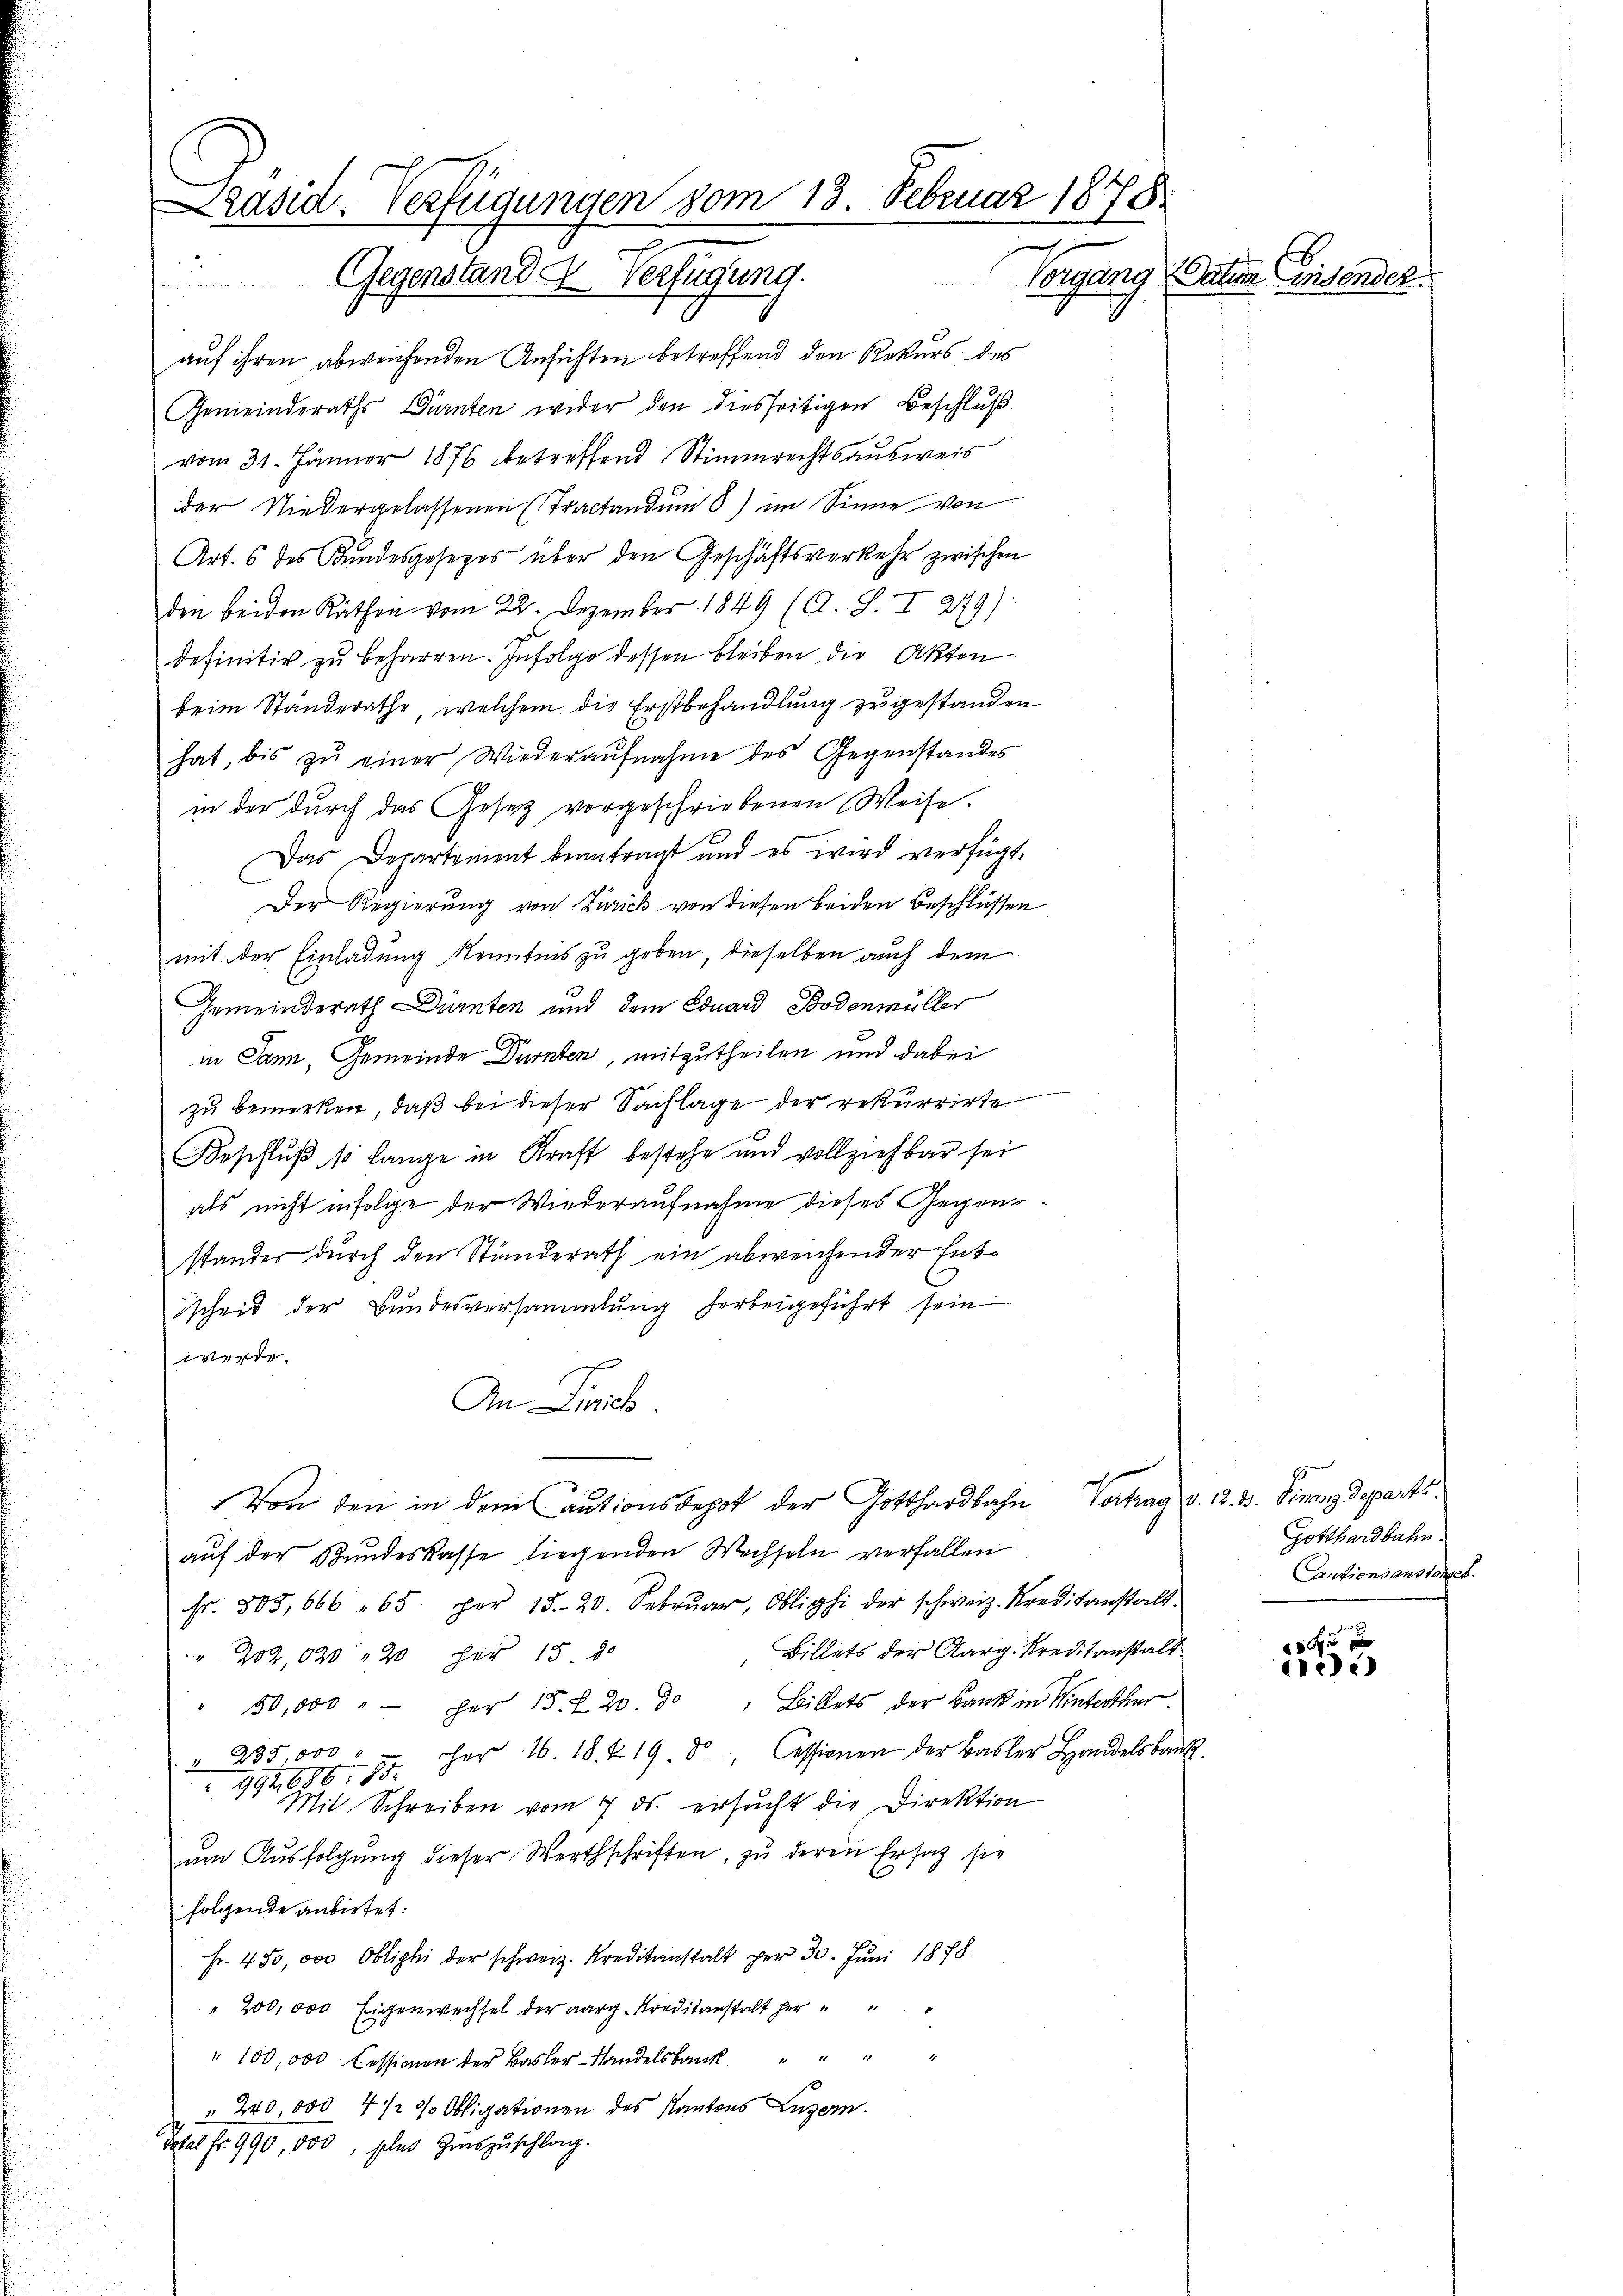
Präsid. Verfügungen vom 13. Februar 1878.
Vorgang (Vatern Zeit andel.
 Gegenstand & Verfügung.

auf ihren abweichenden Ansichten betreffend den Rekurs des
Gemeinderaths Dürnten wider den diesseitigen Beschluß
vom 31. Jänner 1876 betreffend Stimmrechtsausweis
der Niedergelassenen (Tractandum 8) im Sinne von
Art. 6 des Kundesgesezes über den Geschäftsverkehr zwischen
den beiden Räthen vom 22. Dezember 1849 (A. S. I 279):
definitiv zu beharren. Infolge dessen bleiben die Akten
beim Standerathe, welchem die Erstbehandlung zugestanden
hat, bis zŭ einer Wiederaŭfnahme des Gegenstandes
in der durch das Gesetz vorgeschriebenen Weise.
Das Departement beantragt und es wird verfügt,
Der Regierung von Zürich von diesen beiden Beschlüssen
mit der Einladung Kenntnis zu geben, dieselben auch dem
Gemeinderath Dürnten und dem Eduard Bodenmüller
in Dann, Gemeinde Dürnten, mitzutheilen und dabei
zu bemerken, daß bei dieser Sachlage der rekurrirte
Beschluß so lange in Kraft bestehe und vollziehbar sei
als nicht infolge der Wiederaufnahme dieses Gegenstandes durch den Stunderath ein abweichender Entischeit der Bundesversammlung herbeigeführt sein
werde.
An Zürich
Von den in dem Cautionsdepot der Gotthardbahn Vortrag v. 2. 3. Finanz Departs.
auf der Bundeskasse liegenden Wechseln verfallen
fr. 805,666 65. per 15. 20. Febrŭar, Oblighi der schweiz. Kreditanstalt.
Billets der Aarg. Kreditanstalt
" 202, 620 " 20 für 15 90
50,000 " der 15. 20. 30 " Billets der Bank in Winterthur
" 235,000 " Her 16. 18. 419. 3. Cessionen der Basler Handelsbau
992,686, 85.
Mit Schreiben vom 7. ds. ersucht die Direktion
um Ausfolgung dieser Werthschriften, zu deren Ersatz sie
folgende anbietet:
Fr. 450,000 Oblighi der schweiz. Kreditanstalt per 30. Juni 1878
" 200,000 Eigenwechsel der aarg. Kreditanstalt Her
" 100,000 Cessionen der Basler-Standelsbank
240 000 4 1/2 % Obligationen des Kantons Luzern.
That fr. 990,000, sehen Grabzuschlag.

.

Gotthardbahn.
Cautionsanstanzes.

0 f 0 x
ischen